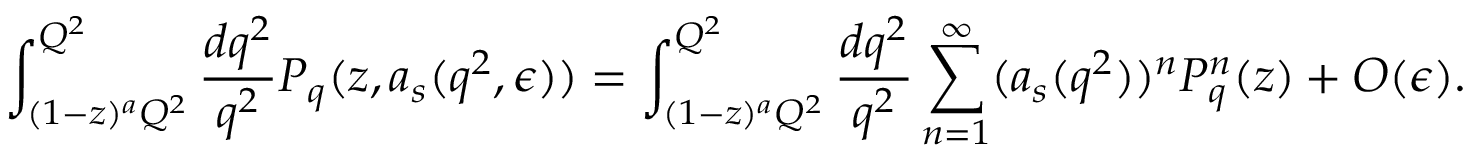
\int _ { ( 1 - z ) ^ { a } Q ^ { 2 } } ^ { Q ^ { 2 } } \frac { d q ^ { 2 } } { q ^ { 2 } } P _ { q } ( z , a _ { s } ( q ^ { 2 } , \epsilon ) ) = \int _ { ( 1 - z ) ^ { a } Q ^ { 2 } } ^ { Q ^ { 2 } } \frac { d q ^ { 2 } } { q ^ { 2 } } \sum _ { n = 1 } ^ { \infty } ( a _ { s } ( q ^ { 2 } ) ) ^ { n } P _ { q } ^ { n } ( z ) + O ( \epsilon ) .